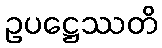
ဥပဋ္ဌေဿတိ